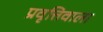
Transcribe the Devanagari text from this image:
प्रवृत्तिवाला